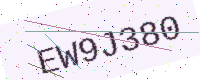
Text: EW9J380